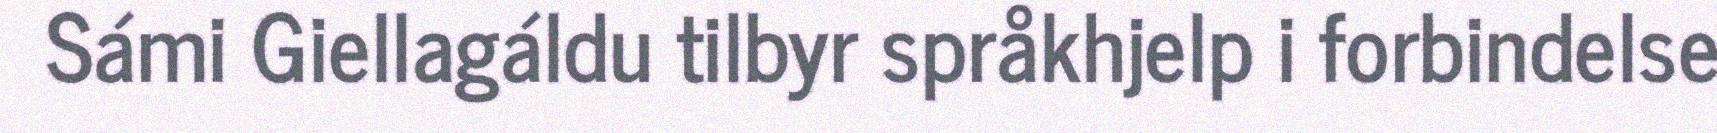
Sámi Giellagáldu tilbyr språkhjelp i forbindelse